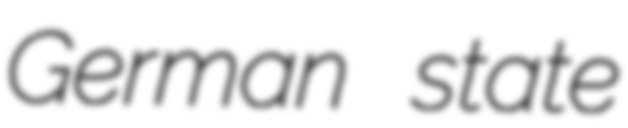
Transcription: German state